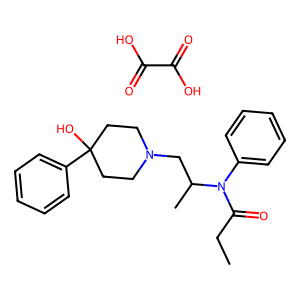
SMILES: CCC(=O)N(c1ccccc1)C(C)CN1CCC(O)(c2ccccc2)CC1.O=C(O)C(=O)O
Inhibits HIV replication: No